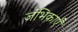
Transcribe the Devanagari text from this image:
जंभिकाएँ